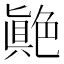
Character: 𦫭